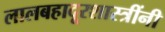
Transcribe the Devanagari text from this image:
लालबहादूरशास्त्रींनी